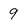
Character: 9